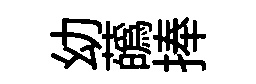
幼蘤捧